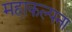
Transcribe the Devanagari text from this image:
महाकल्पना